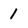
Character: 1